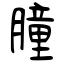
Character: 朣